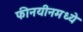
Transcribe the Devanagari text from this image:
फीनयीनमध्ये